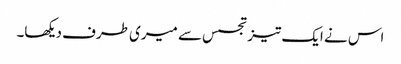
اس نے ایک تیز تجسس سے میری طرف دیکھا۔